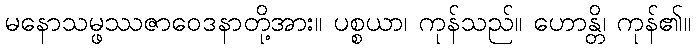
မနောသမ္ဖဿဇာဝေဒနာတို့အား။ ပစ္စယာ၊ ကုန်သည်။ ဟောန္တိ၊ ကုန်၏။